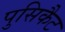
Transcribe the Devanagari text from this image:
पुसिकैट